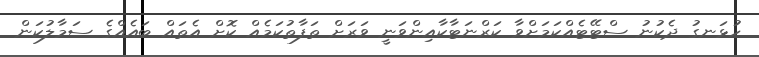
ހުޅަނގު ދެކުނު ސްޓޭޓެއްކަމަށްވާ ކަރްނަޓާކާއިންވަނީ ވަރަށް ތަފާތުކަމެއް ކޮށް އެތައް ބައެއްގެ ސަމާލުކަން